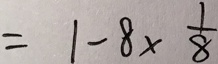
= 1 - 8 \times \frac { 1 } { 8 }